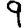
Digit: 9